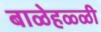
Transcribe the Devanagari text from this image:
बाळेहळ्ळी